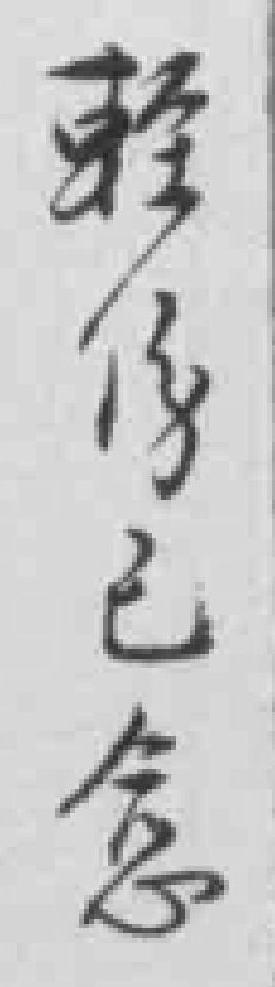
輕傷已愈